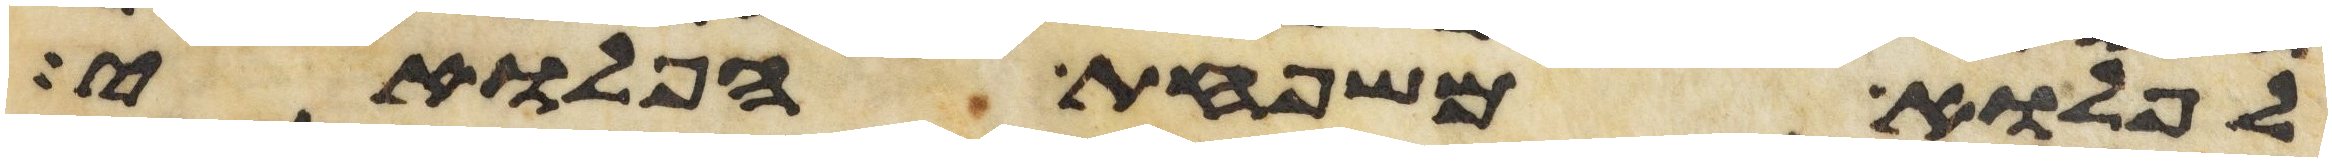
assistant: לפלוא משפחת הפלואי